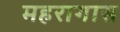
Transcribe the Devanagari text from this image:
महरागास